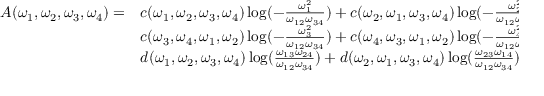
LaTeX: \begin{array} { l l l } { { A ( \omega _ { 1 } , \omega _ { 2 } , \omega _ { 3 } , \omega _ { 4 } ) = } } & { { c ( \omega _ { 1 } , \omega _ { 2 } , \omega _ { 3 } , \omega _ { 4 } ) \log ( { - \frac { \omega _ { 1 } ^ { 2 } } { \omega _ { 1 2 } \omega _ { 3 4 } } } ) + c ( \omega _ { 2 } , \omega _ { 1 } , \omega _ { 3 } , \omega _ { 4 } ) \log ( { - \frac { \omega _ { 2 } ^ { 2 } } { \omega _ { 1 2 } \omega _ { 3 4 } } } ) + } } \\ { { } } & { { c ( \omega _ { 3 } , \omega _ { 4 } , \omega _ { 1 } , \omega _ { 2 } ) \log ( { - \frac { \omega _ { 3 } ^ { 2 } } { \omega _ { 1 2 } \omega _ { 3 4 } } } ) + c ( \omega _ { 4 } , \omega _ { 3 } , \omega _ { 1 } , \omega _ { 2 } ) \log ( { - \frac { \omega _ { 4 } ^ { 2 } } { \omega _ { 1 2 } \omega _ { 3 4 } } } ) + } } \\ { { } } & { { d ( \omega _ { 1 } , \omega _ { 2 } , \omega _ { 3 } , \omega _ { 4 } ) \log ( { \frac { \omega _ { 1 3 } \omega _ { 2 4 } } { \omega _ { 1 2 } \omega _ { 3 4 } } } ) + d ( \omega _ { 2 } , \omega _ { 1 } , \omega _ { 3 } , \omega _ { 4 } ) \log ( { \frac { \omega _ { 2 3 } \omega _ { 1 4 } } { \omega _ { 1 2 } \omega _ { 3 4 } } } ) . } } \end{array}